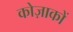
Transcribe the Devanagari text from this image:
कोज़ाकों